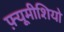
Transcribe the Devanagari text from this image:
फ़्यूमीशियो